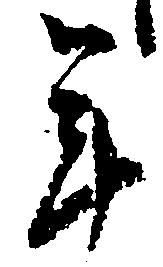
年